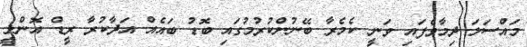
މައްސަލަ ދިމާވެފައި ވަނީ ކެމެރާ ބޭނުންކުރުމުގައި ބޮޑު ބައެއް އަދާކުރާ ރީޑް އޮންލީ